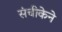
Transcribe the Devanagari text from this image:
संचीकेने